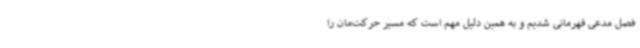
فصل مدعی قهرمانی شدیم و به همین دلیل مهم است که مسیر حرکت‌مان را